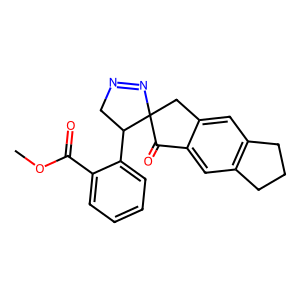
SMILES: COC(=O)c1ccccc1C1CN=NC12Cc1cc3c(cc1C2=O)CCC3
Inhibits HIV replication: No